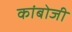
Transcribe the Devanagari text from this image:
कांबोजी